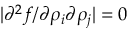
| \partial ^ { 2 } f / \partial \rho _ { i } \partial \rho _ { j } | = 0